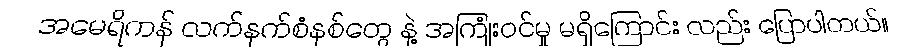
အမေရိကန် လက်နက်စံနစ်တွေ နဲ့ အကြုံးဝင်မှု မရှိကြောင်း လည်း ပြောပါတယ်။